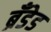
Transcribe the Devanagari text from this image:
ब्रँडेड